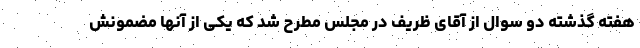
هفته گذشته دو سوال از آقای ظریف در مجلس مطرح شد که یکی از آنها مضمونش